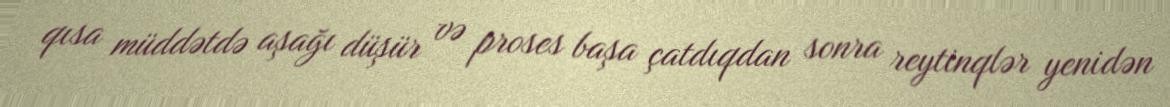
qısa müddətdə aşağı düşür və proses başa çatdıqdan sonra reytinqlər yenidən